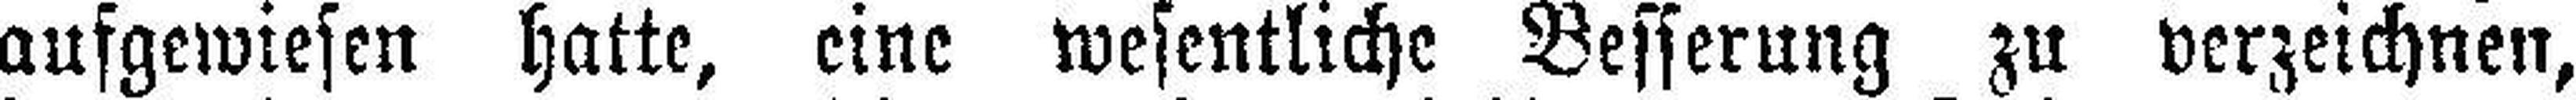
aufgewiesen hatte, eine wesentliche Besserung zu verzeichnen,